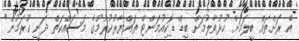
އެ ރަށްތައް ބީލަމަށް ހުޅުވާލުމަށް ބިޑް ޑޮކިއުމަންޓް ތައްޔާރުކުރުމުގެ މަސައްކަތް ދަނީ ކުރަމުން"